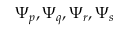
\Psi _ { p } , \Psi _ { q } , \Psi _ { r } , \Psi _ { s }